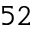
^ { 5 2 }